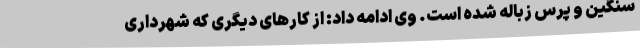
سنگین و پرس زباله شده است. وی ادامه داد: از کارهای دیگری که شهرداری